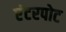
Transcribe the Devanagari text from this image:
एंटरपोट